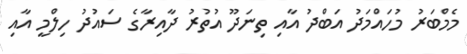
މެމްބަރު މުހައްމަދު އަބްދު އާއި ތިނަދޫ އުތުރު ދާއިރާގެ ސައުދު ހިލްމީ އާއި